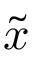
\Tilde { x }